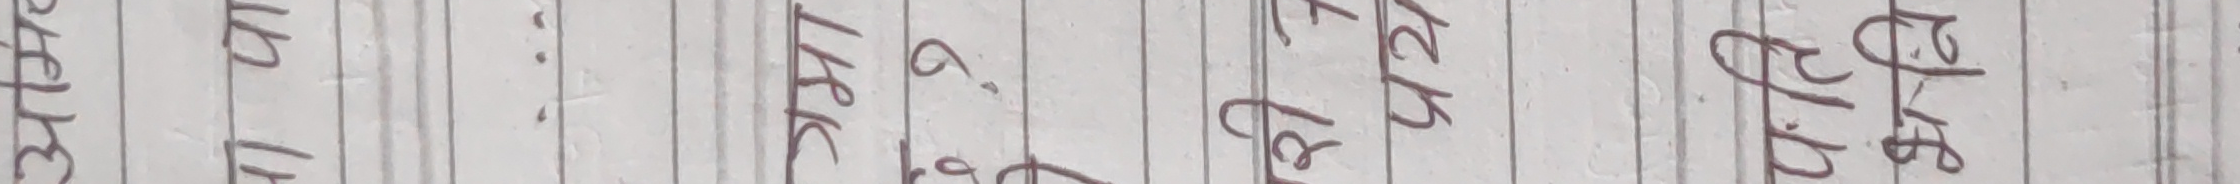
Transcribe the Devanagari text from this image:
३४३१
१५१४
..
१४५८
८५२०
सिटर्ज
मा म प मा
टजे३२
८१८७
८९४०